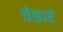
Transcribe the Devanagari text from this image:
चेष्ठाएं